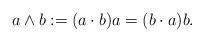
LaTeX: \begin{align*}a\wedge b:=(a\cdot b)a=(b\cdot a)b. \end{align*}